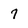
Character: 7